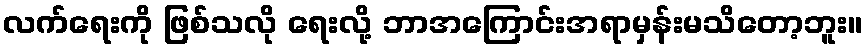
လက်ရေးကို ဖြစ်သလို ရေးလို့ ဘာအကြောင်းအရာမှန်းမသိတော့ဘူး။